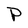
Character: P